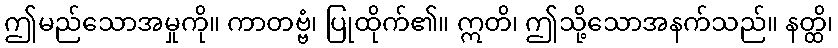
ဤမည်သောအမှုကို။ ကာတဗ္ဗံ၊ ပြုထိုက်၏။ ဣတိ၊ ဤသို့သောအနက်သည်။ နတ္ထိ၊